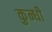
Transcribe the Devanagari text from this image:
कुन्धी